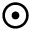
\odot